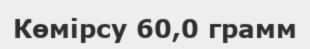
Көмірсу 60,0 грамм